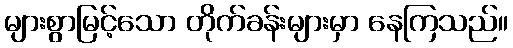
များစွာမြင့်သော တိုက်ခန်းများမှာ နေကြသည်။